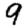
Digit: 9